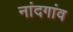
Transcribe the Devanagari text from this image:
नांदगांव